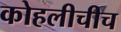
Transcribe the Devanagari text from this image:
कोहलीचीच